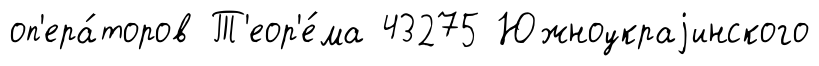
оп'ера́торов Т'еор'е́ма 43275 Южноукраjинского